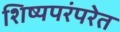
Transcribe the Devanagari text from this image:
शिष्यपरंपरेत